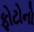
ફોટોનો